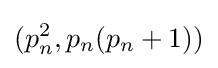
(p_{n}^{2},p_{n}(p_{n}+1))